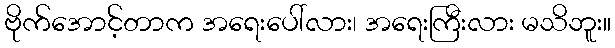
ဗိုက်အောင့်တာက အရေးပေါ်လား၊ အရေးကြီးလား မသိဘူး။